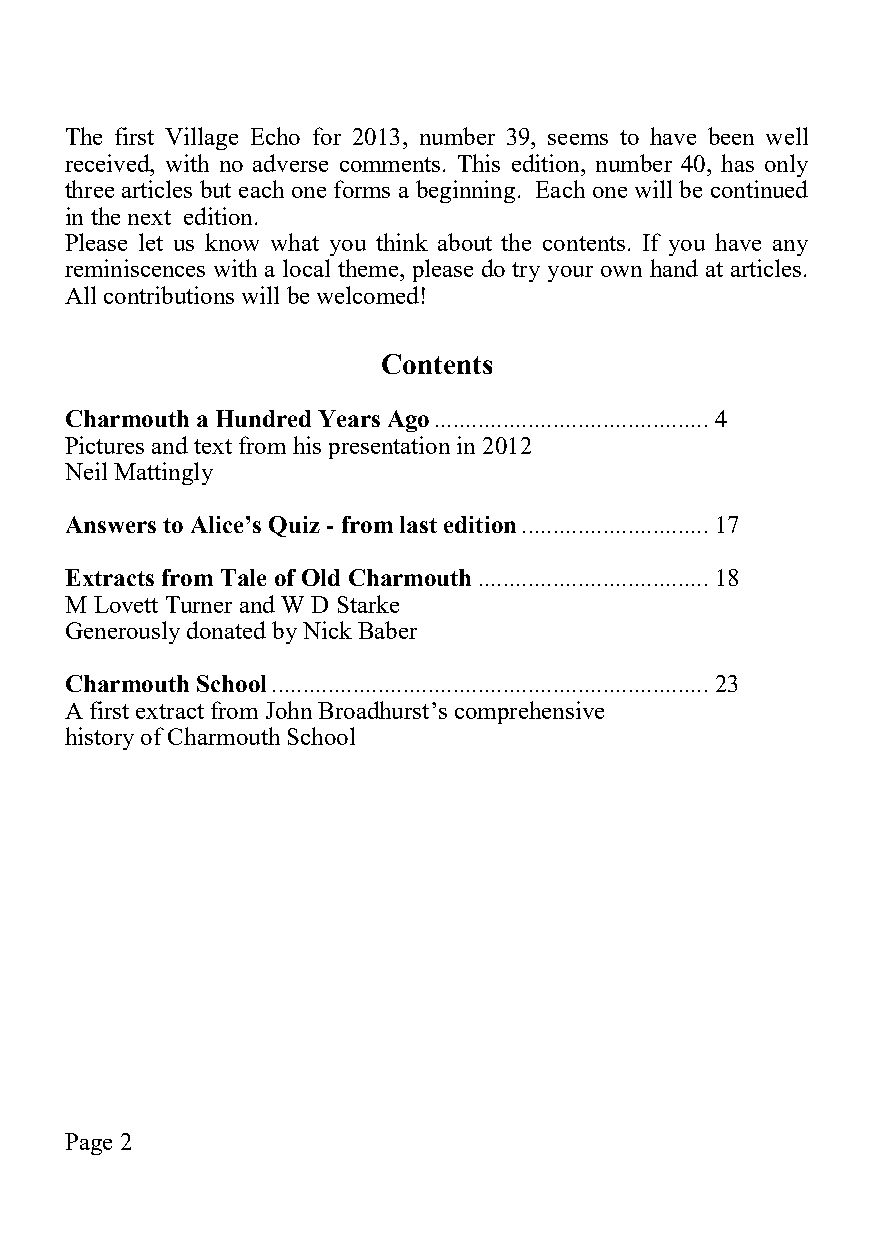
The first Village Echo for 2013, number 39, seems to have been well
 received, with no adverse comments. This edition, number 40, has only
 three articles but each one forms a beginning. Each one will be continued
 in the next edition.
 Please let us know what you think about the contents. If you have any
 reminiscences with a local theme, please do try your own hand at articles.
 All contributions will be welcomed!
 Contents
 Charmouth a Hundred Years Ago ............................................ 4
 Pictures and text from his presentation in 2012
 Neil Mattingly
 Answers to Alice’s Quiz - from last edition .............................. 17
 Extracts from Tale of Old Charmouth ..................................... 18
 M Lovett Turner and W D Starke
 Generously donated by Nick Baber
 Charmouth School ...................................................................... 23
 A first extract from John Broadhurst’s comprehensive
 history of Charmouth School
 Page 2